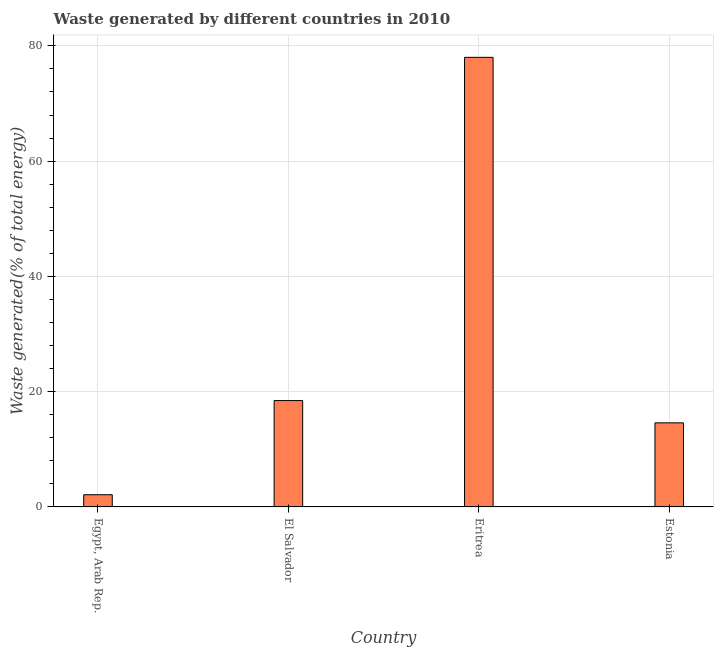
| Country | Combustible renewables and waste (% of total energy) |
 | --- | --- |
 | Egypt, Arab Rep. | 2.12 |
 | El Salvador | 18.5 |
 | Eritrea | 78 |
 | Estonia | 14.6 |